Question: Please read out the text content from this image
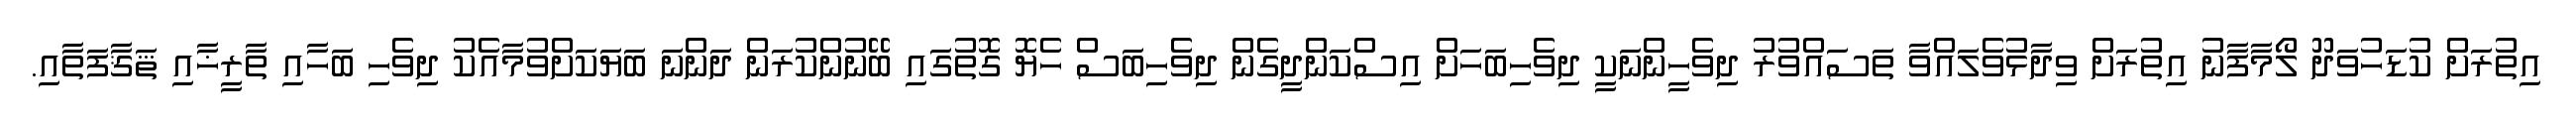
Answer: އިތުރަށް ކުޑަހުވަދޫ ލޯމާފާނު އިތުރަށް ވިދާޅުވެލައްވާ ތަސައްވުރު ދިވެހީންނަކީ ދިވެހިބަހަށް އިސްކަންދީގެން ދިވެހިބަސް ހެޔޮ ގޮތުގައި ބޭނުންކުރަން ދަންނަ ބަޔަކަށްވުމާއެކު ދިވެހި ބަހާއި ތާރީޚާއި ޘަޤާފަތާއި.